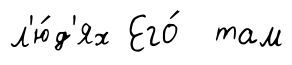
л'ю́д'ях Его́ там